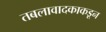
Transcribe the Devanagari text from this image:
तबलावादकाकडून